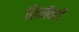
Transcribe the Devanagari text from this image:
रिकॉवरी